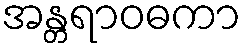
အန္တရာဝဓကာ